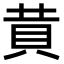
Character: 𧴹